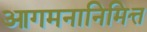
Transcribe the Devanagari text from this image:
आगमनानिमित्त